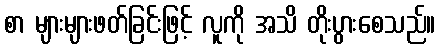
စာ များများဖတ်ခြင်းဖြင့် လူကို အသိ တိုးပွားစေသည်။